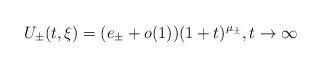
LaTeX: \begin{align*} U_\pm(t,\xi) = (e_\pm + o(1)) (1+t)^{\mu_\pm},t\to\infty\end{align*}